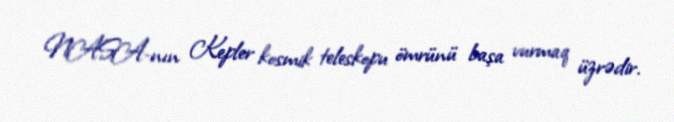
NASA-nın Kepler kosmik teleskopu ömrünü başa vurmaq üzrədir.